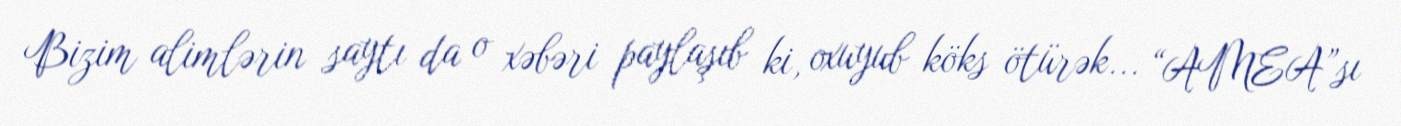
Bizim alimlərin saytı da o xəbəri paylaşıb ki, oxuyub köks ötürək... “AMEA”sı